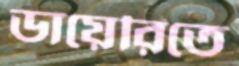
ডায়েরিতে